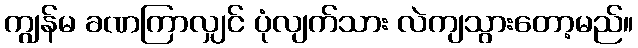
ကျွန်မ ခဏကြာလျှင် ပုံလျက်သား လဲကျသွားတော့မည်။